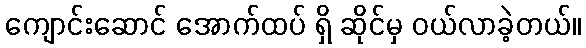
ကျောင်းဆောင် အောက်ထပ် ရှိ ဆိုင်မှ ဝယ်လာခဲ့တယ်။